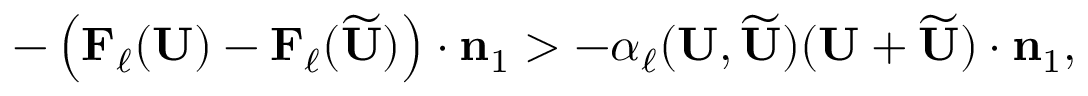
\begin{array} { r } { - \left( \mathbf { F } _ { \ell } ( \mathbf { U } ) - \mathbf { F } _ { \ell } ( \widetilde { \mathbf { U } } ) \right) \cdot \mathbf { n } _ { 1 } > - \alpha _ { \ell } ( \mathbf { U } , \widetilde { \mathbf { U } } ) ( \mathbf { U } + \widetilde { \mathbf { U } } ) \cdot \mathbf { n } _ { 1 } , } \end{array}